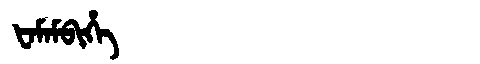
Manchu: ᡶᠠᠮᠠᠮᠪᡳᡥᡝ
Romanization: FAMAMBIHE